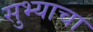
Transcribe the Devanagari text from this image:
सुभ्याचा